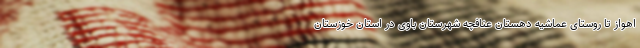
اهواز تا روستای عماشیه دهستان عنافچه شهرستان باوی در استان خوزستان